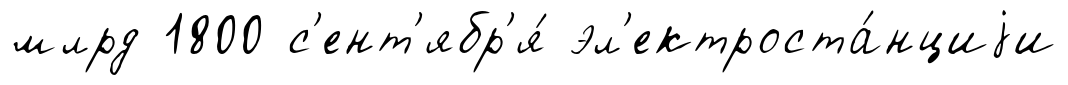
млрд 1800 с'ент'ябр'я́ эл'ектроста́нциjи